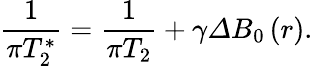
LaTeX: \frac{1}{\pi T_{2}^{*}}=\frac{1}{\pi T_{2}}+\gamma\varDelta B_{0}\left(r\right).